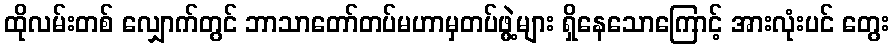
ထိုလမ်းတစ် လျှောက်တွင် ဘာသာတော်တပ်မဟာမှတပ်ဖွဲ့များ ရှိနေသောကြောင့် အားလုံးပင် တွေး